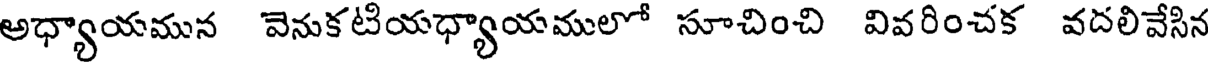
అధ్యాయమున వెనుకటియధ్యాయములో సూచించి వివరించక వదలివేసిన